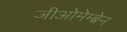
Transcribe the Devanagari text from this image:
जीओमेम्ब्रेन